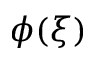
\phi ( \xi )